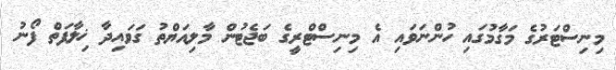
މިނިސްޓަރުގެ މަގާމުގައި ހުންނަވައި އެ މިނިސްޓްރީގެ ބަޖެޓުން މާލިއަޔްތު ގަވައިދާ ޚިލާފަތް ފޯނު